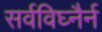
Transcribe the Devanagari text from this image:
सर्वविघ्नैर्न